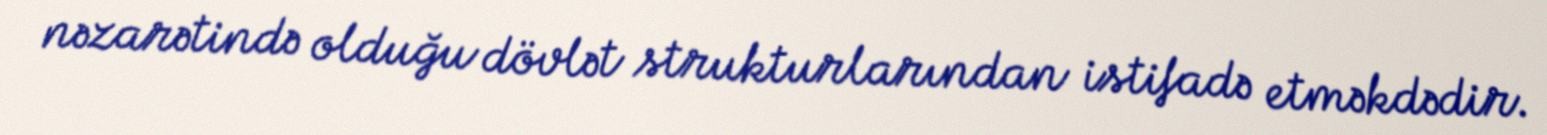
nəzarətində olduğu dövlət strukturlarından istifadə etməkdədir.